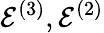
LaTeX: \mathcal{E}^{(3)},\mathcal{E}^{(2)}